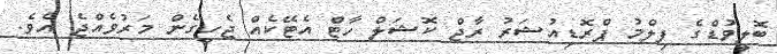
ބޮލީވުޑްގެ ފިލްމު ޕްރޮޑިއުޝަރު ރާޖް ކޮޝަލް ހާޓް އެޓޭކެއް ޖެހިގެން މަރުވެއްޖެ އެވެ.